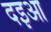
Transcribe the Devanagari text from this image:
दइआ